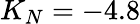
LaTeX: K_{N}=-4.8